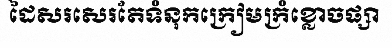
ដៃសរសេរតែទំនុកក្រៀមក្រំខ្លោចផ្សា